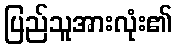
ပြည်သူအားလုံး၏